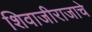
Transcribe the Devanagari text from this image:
शिवाजीराजाचे